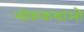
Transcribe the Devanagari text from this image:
लोककथाओ